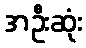
အဦးဆုံး